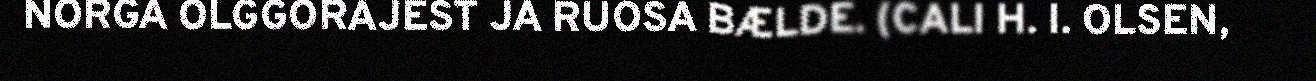
NORGA OLGGORAJEST JA RUOSA BÆLDE. (CALI H. I. OLSEN,